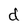
Character: d